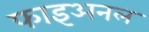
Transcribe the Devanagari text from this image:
फाइअनल